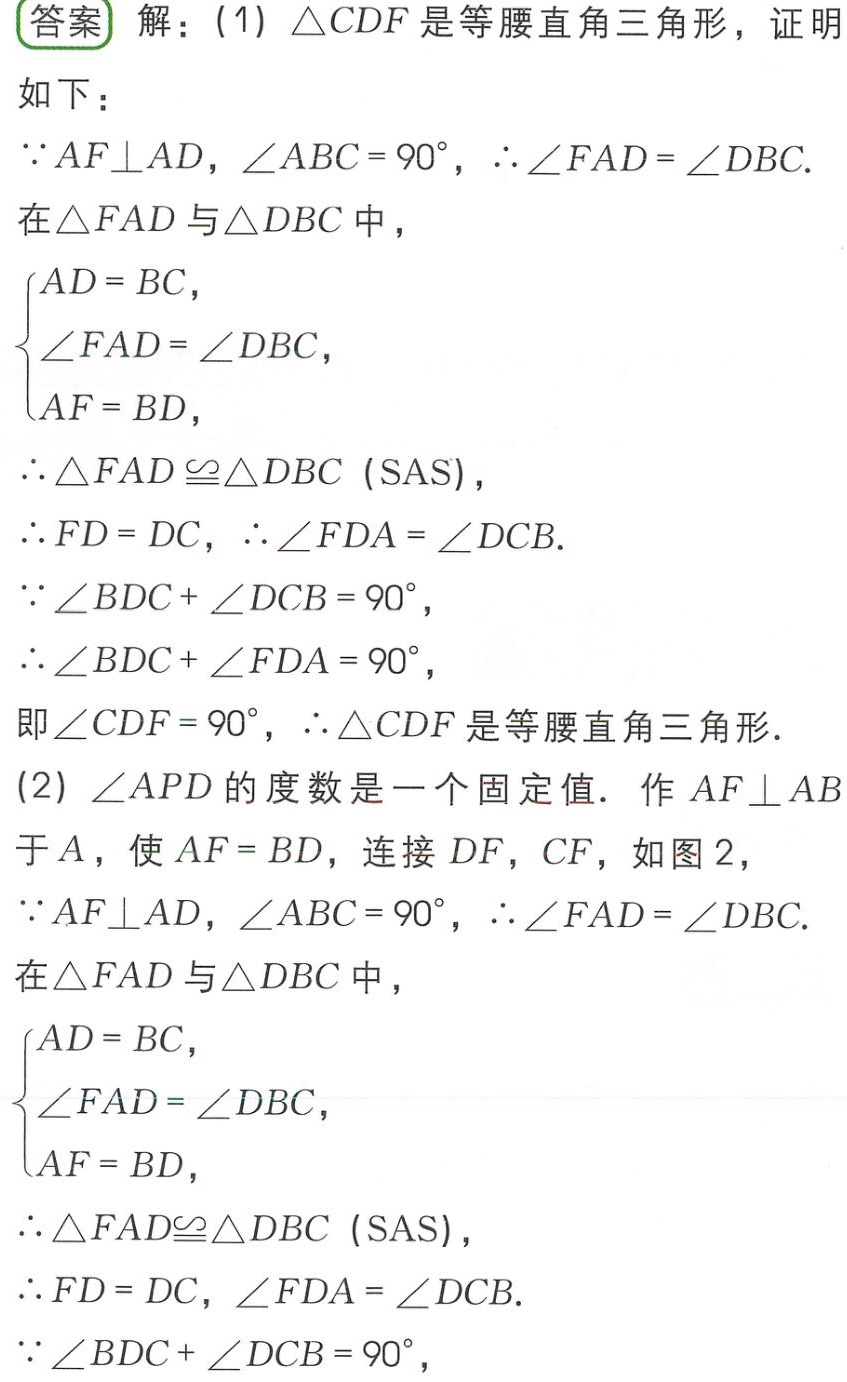
\begin{document}
答案 解：(1) $\triangle CDF$ 是等腰直角三角形，证明如下：
$\because AF\perp AD$，$\angle ABC = 90^{\circ}$，$\therefore \angle FAD=\angle DBC$.
在 $\triangle FAD$ 与 $\triangle DBC$ 中，
$\begin{cases}
AD = BC,\\
\angle FAD=\angle DBC,\\
AF = BD,
\end{cases}$
$\therefore \triangle FAD\cong\triangle DBC$ (SAS)，
$\therefore FD = DC$，$\therefore \angle FDA=\angle DCB$.
$\because \angle BDC+\angle DCB = 90^{\circ}$，
$\therefore \angle BDC+\angle FDA = 90^{\circ}$，
即 $\angle CDF = 90^{\circ}$，$\therefore \triangle CDF$ 是等腰直角三角形.
(2) $\angle APD$ 的度数是一个固定值. 作 $AF\perp AB$ 于 $A$，使 $AF = BD$，连接 $DF$，$CF$，如图 2，
$\because AF\perp AD$，$\angle ABC = 90^{\circ}$，$\therefore \angle FAD=\angle DBC$.
在 $\triangle FAD$ 与 $\triangle DBC$ 中，
$\begin{cases}
AD = BC,\\
\angle FAD=\angle DBC,\\
AF = BD,
\end{cases}$
$\therefore \triangle FAD\cong\triangle DBC$ (SAS)，
$\therefore FD = DC$，$\angle FDA=\angle DCB$.
$\because \angle BDC+\angle DCB = 90^{\circ}$，
\end{document}